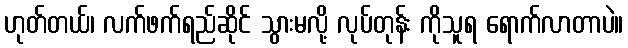
ဟုတ်တယ်၊ လက်ဖက်ရည်ဆိုင် သွားမလို့ လုပ်တုန်း ကိုသူရ ရောက်လာတာပဲ။